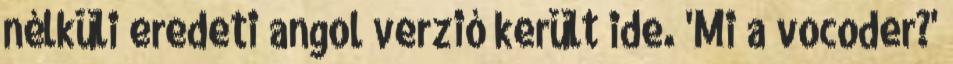
nélküli eredeti angol verzió került ide. 'Mi a vocoder?'